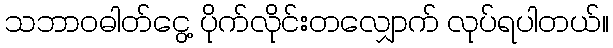
သဘာဝဓါတ်ငွေ့ ပိုက်လိုင်းတလျှောက် လုပ်ရပါတယ်။